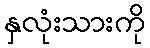
နှလုံးသားကို